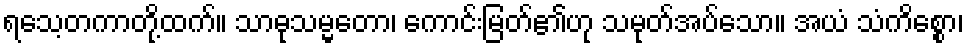
ရသေ့တကာတို့ထက်။ သာဓုသမ္မတော၊ ကောင်းမြတ်၏ဟု သမုတ်အပ်သော။ အယံ သံကိစ္စော၊